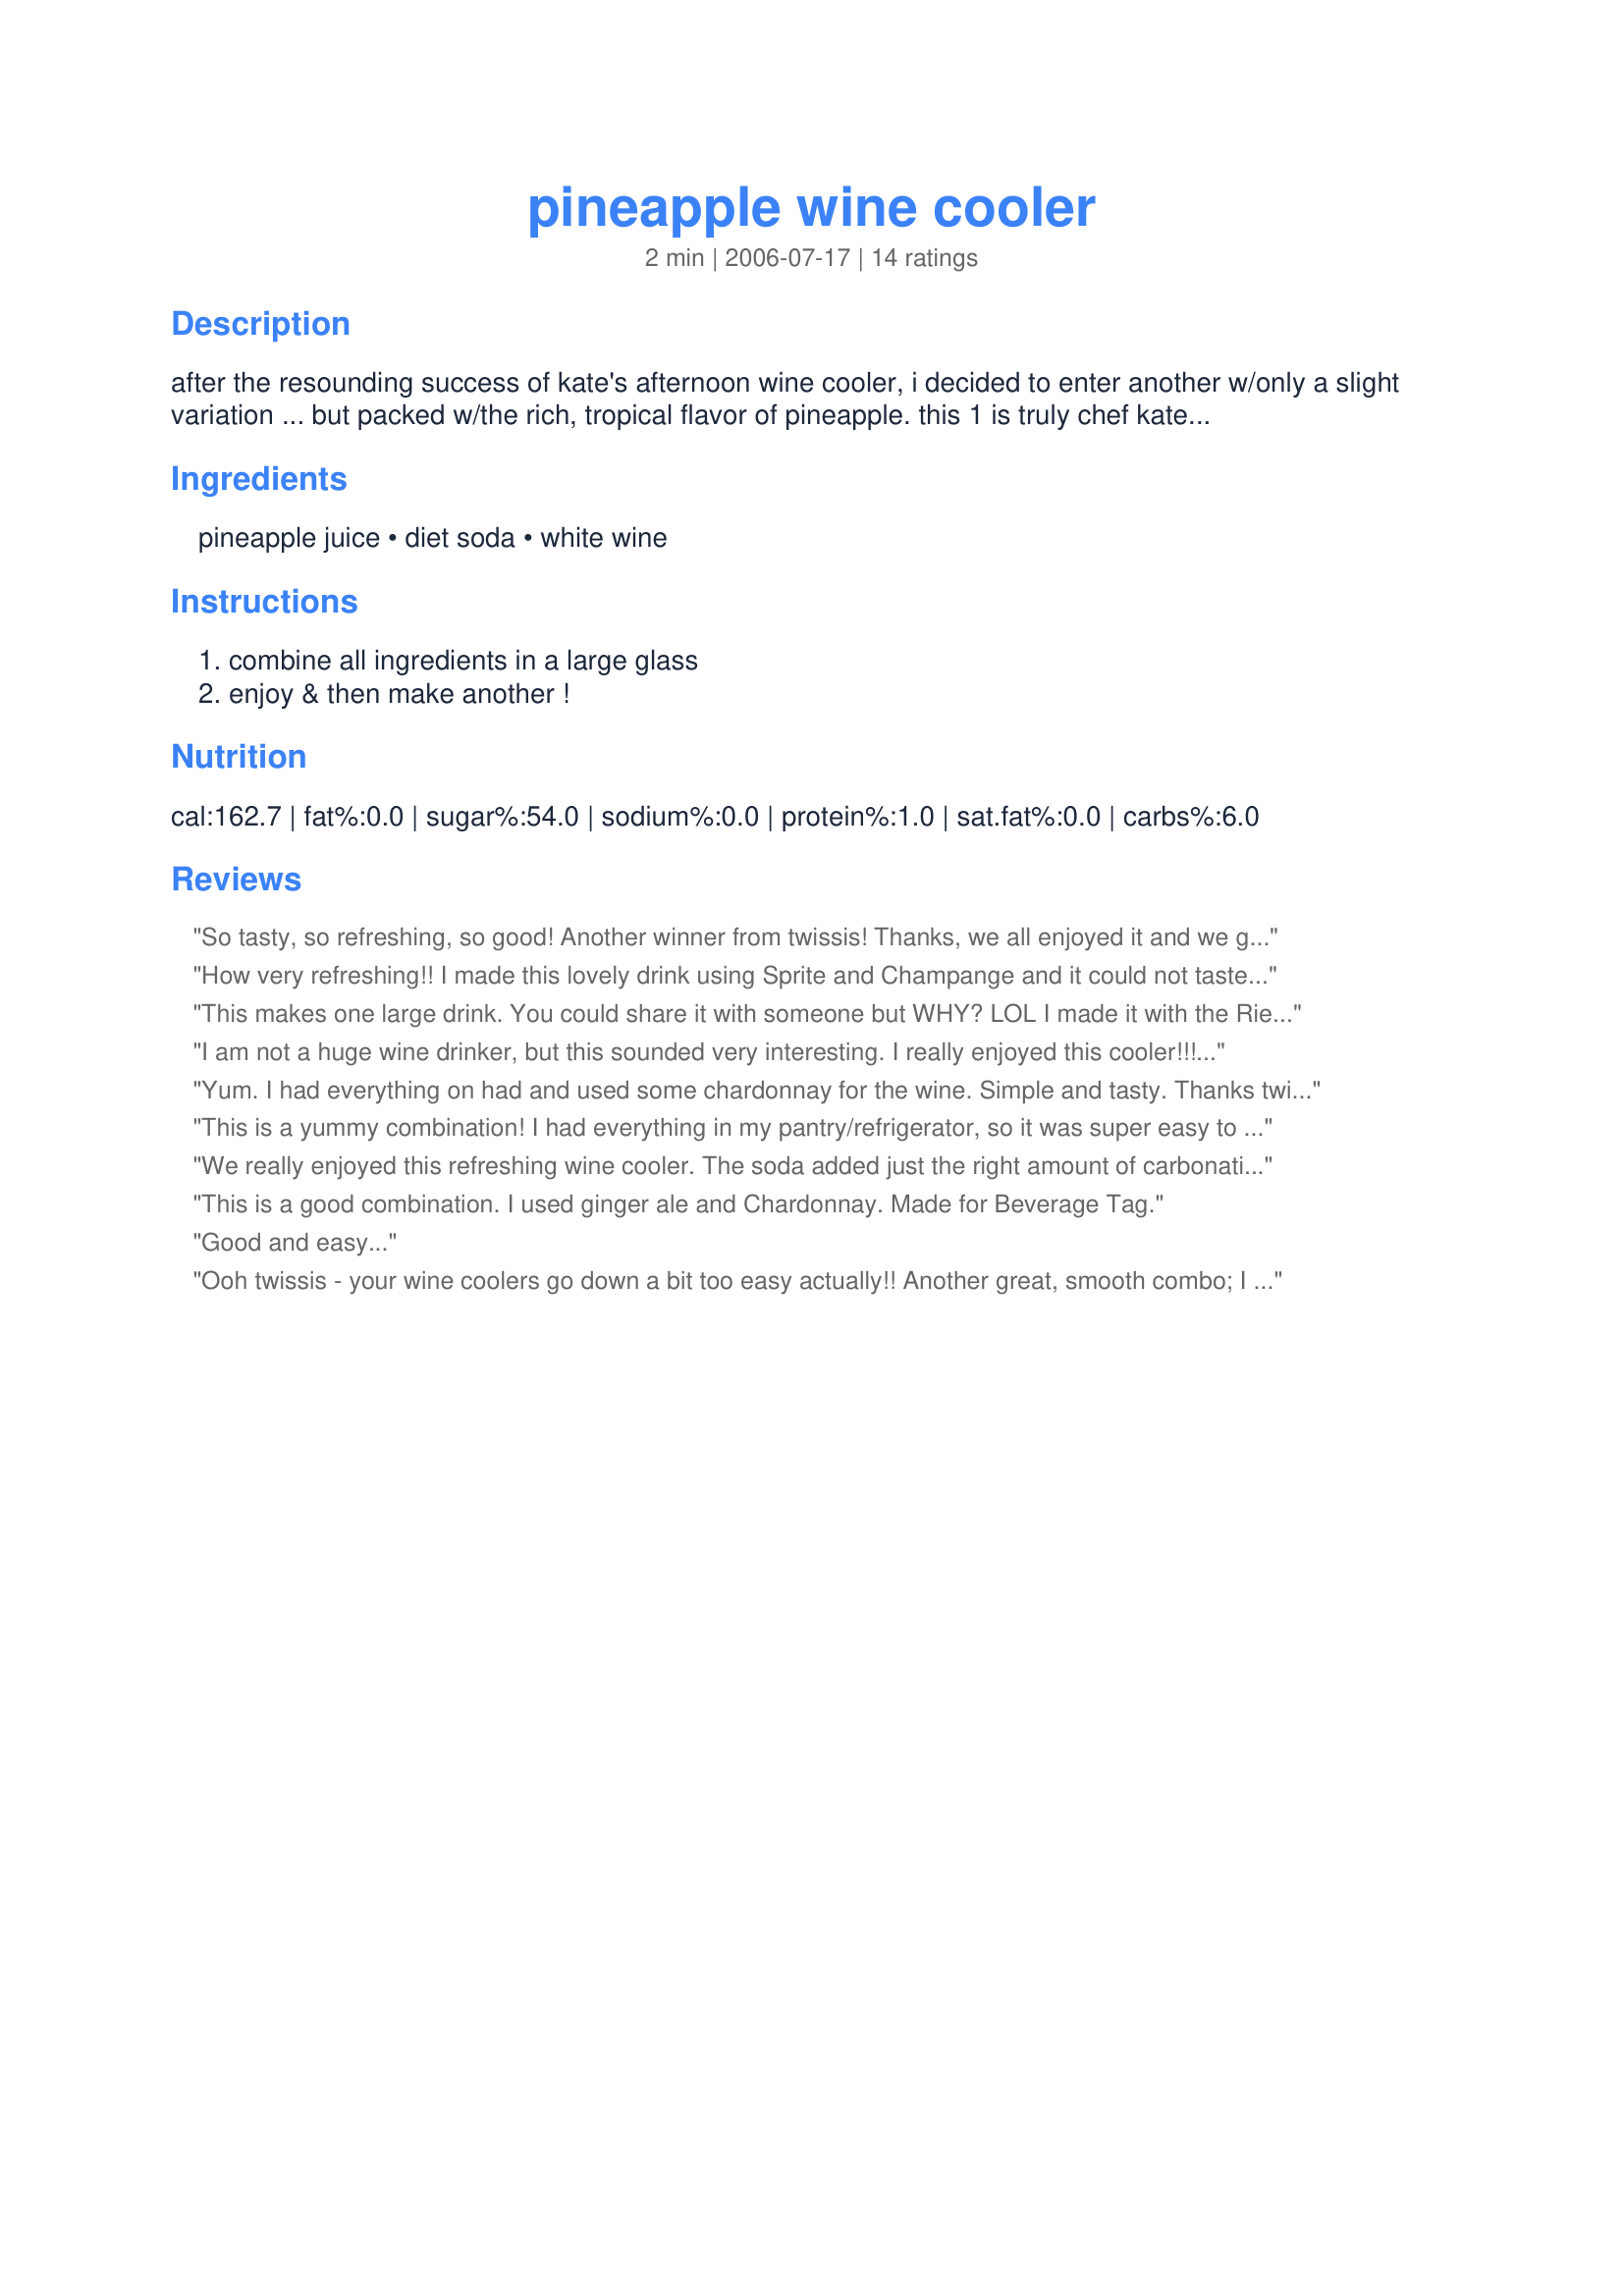
pineapple wine cooler
Preparation time: 2 minutes

after the resounding success of kate's afternoon wine cooler, i decided to enter another w/only a slight variation ... but packed w/the rich, tropical flavor of pineapple. this 1 is truly chef kate recipe inspired. after having made her natilla de pina (pineapple custard) recipe #170308 for the 2nd time at dh's request, i used my excess pineapple juice for this new effort & now i'm really hooked on both of them. enjoy!

Ingredients:
pineapple juice, diet soda, white wine

Steps:
combine all ingredients in a large glass, enjoy & then make another !

Reviews:
So tasty, so refreshing, so good! Another winner from twissis! Thanks, we all enjoyed it and we gave (the four of us) a 5 star review each!
How very refreshing!! I made this lovely drink using Sprite and Champange and it could not taste better : ) I could easily be tempted to have these more often! Thanks, twissis!
This makes one large drink. You could share it with someone but WHY? LOL I made it with the Riesling and Sprite. I thought it had a sweet taste from the pineapple and a little on the tart side from the Riesling I used. I'll be sharing this one with the girls one night soon. (not my daughters...I mean my friends, lol) Made for 1-2-3 Hit Wonders 2006
I am not a huge wine drinker, but this sounded very interesting. I really enjoyed this cooler!!! By adding the pineapple juice and the diet sprite, I wouldn't have known there was wine in it. Thanks so much for sharing. Congrats on your win in the football pool!!!
Yum. I had everything on had and used some chardonnay for the wine. Simple and tasty. Thanks twissis for a nice keeper. Congrats again on your Football win.
This is a yummy combination! I had everything in my pantry/refrigerator, so it was super easy to pull together.
We really enjoyed this refreshing wine cooler. The soda added just the right amount of carbonation. I used regular Sprite ( I just can't do the diet stuff) and a nice Pinot Grigio white wine. This goes together so quickly with ingredients that I always have on hand. Thank you for sharing this delicious drink!<br/>**Made for 2012 Football Pool**
This is a good combination. I used ginger ale and Chardonnay. Made for Beverage Tag.
Good and easy...
Ooh twissis - your wine coolers go down a bit too easy actually!! Another great, smooth combo; I deduct one star simply because your cranberry cooler is such sheer genius! ;-) I used unsweetened pineapple juice (I really don't think pineapple juice needs any more sweeteness!), Sprite, and a bone dry Chardonnay. Mmmm... And then I made another. Thanks twissis!
Well since I haven't had your cranberry cooler, I'll give you the full 5 stars for this great combination. I used a Cafe Chardonnay with Sierra Mist. Just pure heavenly. Thanks twissis
I tested this recipe out last night for a party in a couple of weeks and we loved it! It is very refreshing. Best of all, it's simple to make. I used regular Sprite instead of diet. Thanks for posting a keeper!
Oooo yum! I love a girly frou frou drink & this certainly fits the bill, tropical & fruity, this is delicious. What a great way to use up a bottle of wine that your not keen on by itself. Thanks Twissis!
Tasty little beverage. I used 7 UP and a white Zinfandel. Of course I did have to make another, only because I didn't want the rest of the 7 UP to go flat. ;)
